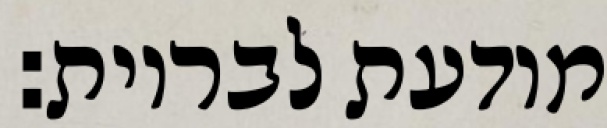
מודעת לבריות: